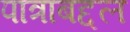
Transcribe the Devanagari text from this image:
पात्राबद्दल